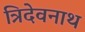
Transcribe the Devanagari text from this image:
त्रिदेवनाथ